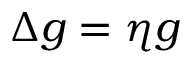
\Delta g = \eta g